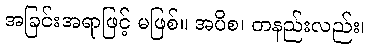
အခြင်းအရာဖြင့် မဖြစ်။ အပိစ၊ တနည်းလည်း၊